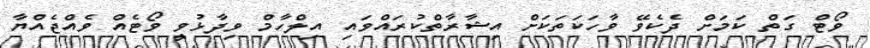
ވޯޓް ގަތް ކަމަށް ދެކެވޭ ވާހަކަތަކަށް އިޝާރާތްކުރައްވައި އިލްހާމް ވިދާޅުވީ ވޯޓެއް ވެއްޖެއްޔާ